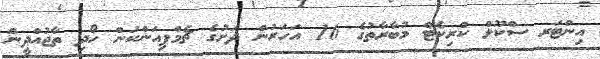
އިންޓަރ ސްކޫލް ކްރިކެޓް މުބާރާތުގެ 16 އަހަރުން ދަށުގެ ޗެމްޕިއަންކަން ހޯދި ތާޖުއްދީން